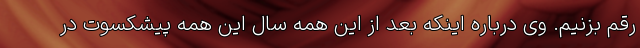
رقم بزنیم. وی درباره اینکه بعد از این همه سال این همه پیشکسوت در